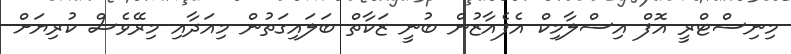
މިނިސްޓްރީ އޮފް އިސްލާމިކް އެފެއާޒުން ބުނީ ޒަކާތް ބަލައިގަތުން މިއަދާއި މިރޭވެސް ކުރިޔަށް